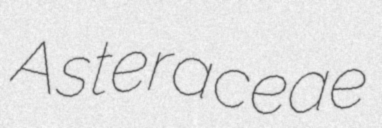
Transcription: Asteraceae